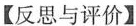
【反思与评价】